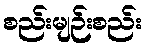
စည်းမျဉ်းစည်း